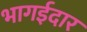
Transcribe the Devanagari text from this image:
भागईदार